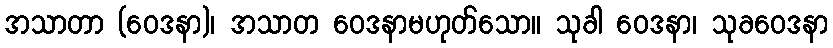
အသာတာ (ဝေဒနာ)၊ အသာတ ဝေဒနာမဟုတ်သော။ သုခါ ဝေဒနာ၊ သုခဝေဒနာ